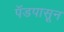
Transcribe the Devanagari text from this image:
पॅडपासून